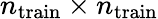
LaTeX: n_{\mathrm{train}}\times n_{\mathrm{train}}